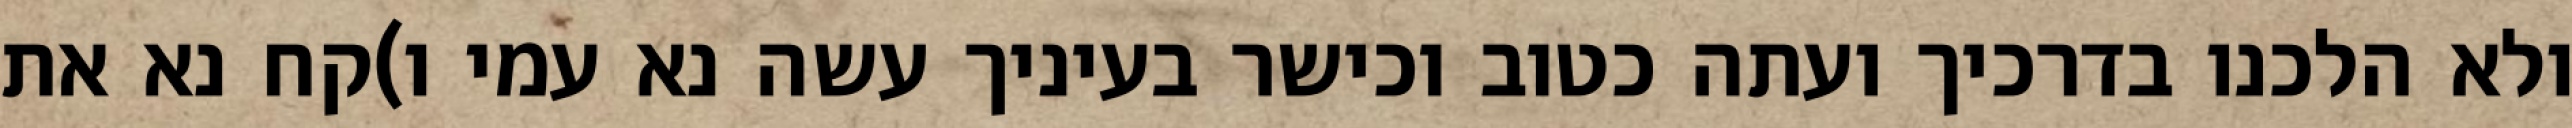
ולא הלכנו בדרכיך ועתה כטוב וכישר בעיניך עשה נא עמי ו)קח נא את